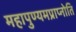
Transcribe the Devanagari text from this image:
महापुण्यमप्राप्नोति